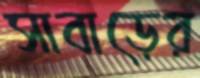
সাবাড়ের